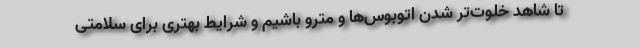
تا شاهد خلوت‌تر شدن اتوبوس‌ها و مترو باشیم و شرایط بهتری برای سلامتی